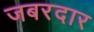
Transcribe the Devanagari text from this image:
जबरदार